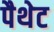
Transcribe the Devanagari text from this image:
पैथेट